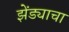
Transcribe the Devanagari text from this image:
झेंड्याचा